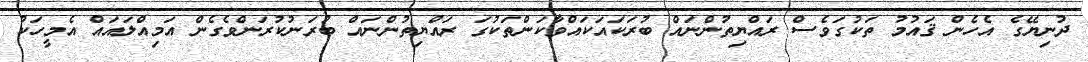
ދުނިޔޭގެ އެހެން ޤައުމު ތަކުގަވެސް ރައްޔިތުންނައް ބުރަކައަކައްވާކަންތަކުގަ ރައްޔިތުންނައް ބުރަނުކުރަންވެގެން އަމިއްލައައް އެމީހަކު